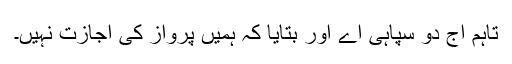
تاہم آج دو سپاہی آے اور بتایا کہ ہمیں پرواز کی اجازت نہیں۔